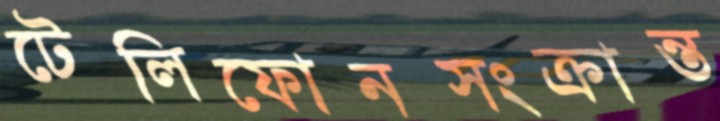
টেলিফোনসংক্রান্ত